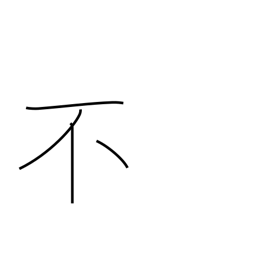
Meaning: non-